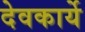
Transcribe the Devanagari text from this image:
देवकार्ये